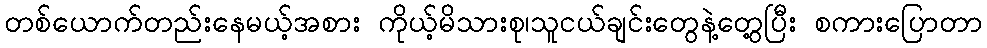
တစ်ယောက်တည်းနေမယ့်အစား ကိုယ့်မိသားစု၊သူငယ်ချင်းတွေနဲ့တွေ့ပြီး စကားပြောတာ